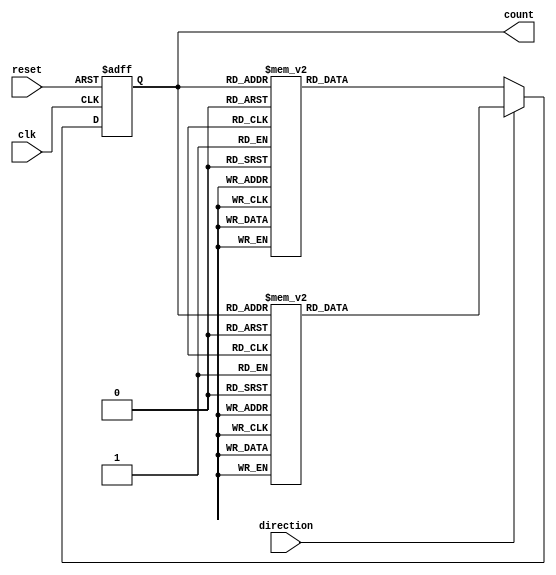
module BidirectionalGrayCounter (
    input wire clk,
    input wire reset,
    input wire direction,
    output reg [3:0] count
);

reg [3:0] next_count;

always @(posedge clk or posedge reset) begin
    if (reset) begin
        count <= 4'b0000;
    end else begin
        if (direction) begin // Increment
            case(count)
                4'b0000: next_count = 4'b0001;
                4'b0001: next_count = 4'b0011;
                4'b0011: next_count = 4'b0010;
                4'b0010: next_count = 4'b0110;
                4'b0110: next_count = 4'b0111;
                4'b0111: next_count = 4'b0101;
                4'b0101: next_count = 4'b0100;
                4'b0100: next_count = 4'b1100;
                4'b1100: next_count = 4'b1110;
                4'b1110: next_count = 4'b1111;
                4'b1111: next_count = 4'b1011;
                4'b1011: next_count = 4'b1010;
                4'b1010: next_count = 4'b1000;
                4'b1000: next_count = 4'b0000;
                default: next_count = 4'b0000;
            endcase
        end else begin // Decrement
            case(count)
                4'b0000: next_count = 4'b1000;
                4'b1000: next_count = 4'b1010;
                4'b1010: next_count = 4'b1011;
                4'b1011: next_count = 4'b1111;
                4'b1111: next_count = 4'b1110;
                4'b1110: next_count = 4'b1100;
                4'b1100: next_count = 4'b0100;
                4'b0100: next_count = 4'b0101;
                4'b0101: next_count = 4'b0111;
                4'b0111: next_count = 4'b0110;
                4'b0110: next_count = 4'b0010;
                4'b0010: next_count = 4'b0011;
                4'b0011: next_count = 4'b0001;
                4'b0001: next_count = 4'b0000;
                default: next_count = 4'b0000;
            endcase
        end
        count <= next_count;
    end
end

endmodule